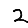
Digit: 2